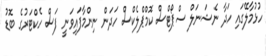
ހުޅުމާލޭގައި ހަދާ ނެޝަނަލް ސްޕޯޓްސް ކޮމްޕްލެކްސް ހަދަން ނިންމާފައިވަނީ ފަސް ހެކްޓަރުގެ ބޮޑު